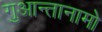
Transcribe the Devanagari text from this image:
गुआन्तानामो